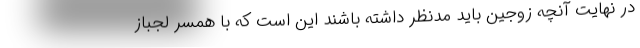
در نهایت آنچه زوجین باید مدنظر داشته باشند این است که با همسر لجباز